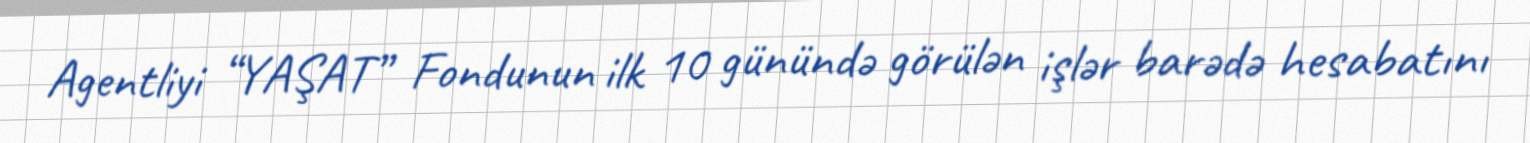
Agentliyi “YAŞAT” Fondunun ilk 10 günündə görülən işlər barədə hesabatını